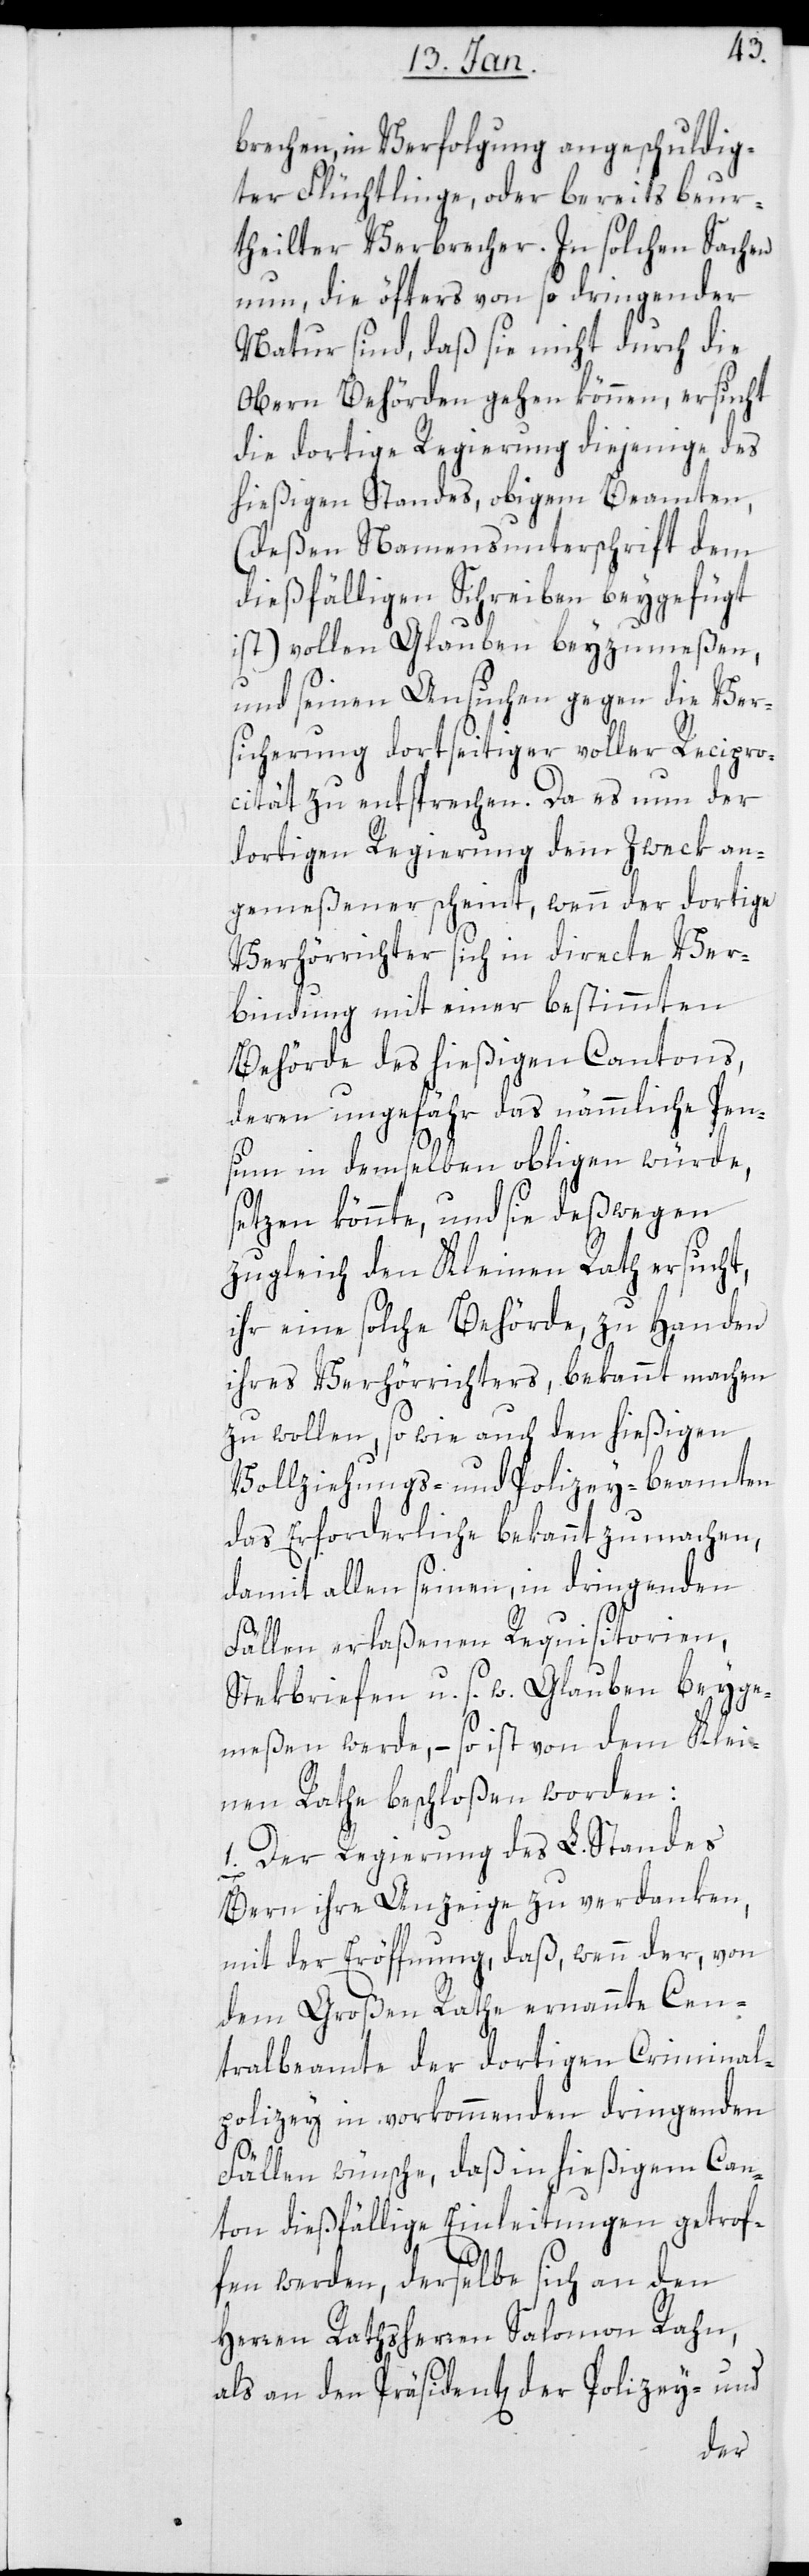
brechen, in Verfolgung angeschuldig¬
ter Flüchtlinge, oder bereits beur¬
theilter Verbrecher. In solchen Sachen
nun, die öfters von so dringender
Natur sind, daß sie nicht durch die
Obern Behörden gehen können, ersucht
die dortige Regierung diejenige des
hießigen Standes, obigem Beamten,
(dessen Namensunterschrift dem
dießfälligen Schreiben beygefügt
ist) vollen Glauben beyzumeßen,
und seinen Ansuchen gegen die Ver¬
sicherung dortseitiger voller Recipro¬
cität zu entsprechen. Da es nun der
dortigen Regierung dem Zweck an¬
gemeßener scheint, wenn der dortige
Verhörrichter sich in directe Ver¬
bindung mit einer bestimmten
Behörde des hießigen Cantons,
deren ungefähr das nämmliche Pen¬
sum in demselben obligen würde,
setzen könnte, und sie deßwegen
zugleich den Kleinen Rath ersucht,
ihr eine solche Behörde zu Handen
ihres Verhörrichters, bekannt machen
zu wollen, sowie auch den hießigen
Vollziehungs- und Polizey-Beamten
das Erforderliche bekannt zu machen,
damit allen seinen, in dringenden
Fällen erlaßenen Requisitorien,
Steckbriefen u.s.w. Glauben beyge¬
messen werde, – so ist von dem Klei¬
nen Rathe beschloßen worden:
1. Der Regierung des L. Standes
Bern ihre Anzeige zu verdanken,
mit der Eröffnung, daß wenn der von
dem Großen Rathe ernannte Cen¬
tralbeamte der dortigen Criminal¬
polizey in vorkommenden dringenden
Fällen wünsche, daß in hießigem Can¬
ton dießfällige Einleitungen getrof¬
fen werden, derselbe sich an den
Herren Rathsherren Salomon Rahn,
als an den Präsidenten der Polizey- und